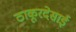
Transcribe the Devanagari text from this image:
ठाकूरदेसाई